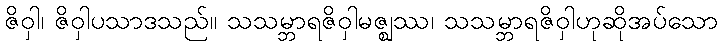
ဇိဝှါ၊ ဇိဝှါပသာဒသည်။ သသမ္ဘာရဇိဝှါမဇ္ဈဿ၊ သသမ္ဘာရဇိဝှါဟုဆိုအပ်သော